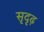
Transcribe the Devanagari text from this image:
सृदृढ़